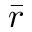
\bar { r }